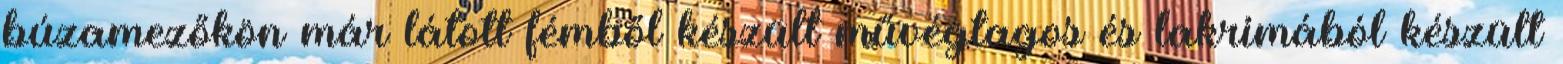
búzamezőkön már látott fémből készült művégtagos és lakrimából készült